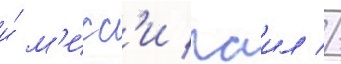
и́ м'исс'и паил //